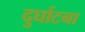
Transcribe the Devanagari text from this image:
दुर्घाटना